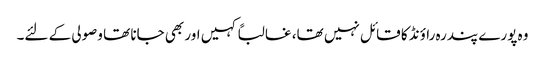
وہ پورے پندرہ راؤنڈ کا قائل نہیں تھا، غالباً کہیں اور بھی جانا تھا وصولی کے لئے۔